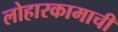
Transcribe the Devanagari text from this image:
लोहारकामाची